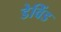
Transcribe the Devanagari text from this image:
डेविंड